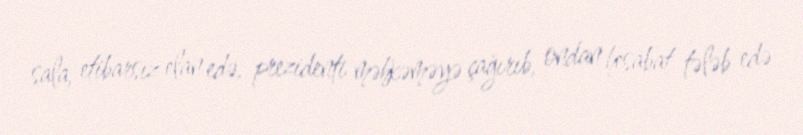
sala, etibarsız elan edə, prezidenti məhkəməyə çağırıb, ondan hesabat tələb edə